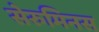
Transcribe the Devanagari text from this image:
सेरुमिनस